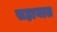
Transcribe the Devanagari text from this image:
सहायात